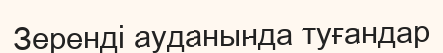
Зеренді ауданында туғандар